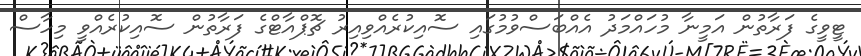
ޓީވީގެ ފަރާތުން އަމީނާ މުހައްމަދު އެއްބަސްވުމުގައި ސޮއިކުރެއްވިއިރު ޗޮޕްއާޓްގެ ފަރާތުން ސޮއިކުރެއްވީ މިހާސް